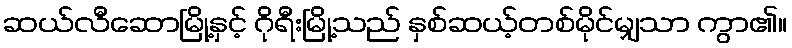
ဆယ်လီဆောမြို့နှင့် ဂိုရီးမြို့သည် နှစ်ဆယ့်တစ်မိုင်မျှသာ ကွာ၏။